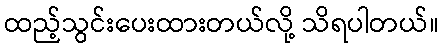
ထည့်သွင်းပေးထားတယ်လို့ သိရပါတယ်။